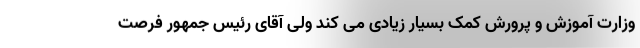
وزارت آموزش و پرورش کمک بسیار زیادی می کند ولی آقای رئیس جمهور فرصت